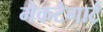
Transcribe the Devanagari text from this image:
मैकटैगार्ट